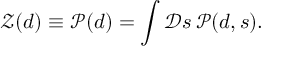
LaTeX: { \mathcal { Z } } ( d ) \equiv { \mathcal { P } } ( d ) = \int { \mathcal { D } } s \, { \mathcal { P } } ( d , s ) .